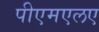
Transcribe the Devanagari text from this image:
पीएमएलए